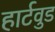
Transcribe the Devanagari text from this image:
हार्टवुड